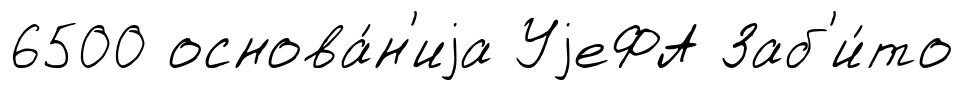
6500 основа́н'иjа УjеФА Заб'и́то